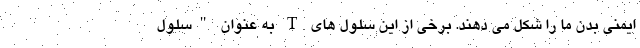
ایمنی بدن ما را شکل می دهند. برخی از این سلول های T به عنوان "سلول